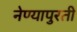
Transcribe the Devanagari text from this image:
नेण्यापुरती